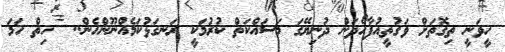
ހީވަނީ ތިގޮތަށް ވަގުތީއުފާހޯދަން ދުނިޔޭގަ މަސައްކަތް ކުރުމަކީ ރަނގަޅުކަމެއްނޫންހެން..  ހިތް ހަމަ